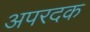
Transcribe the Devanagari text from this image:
अपरदक